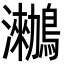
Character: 𪆵